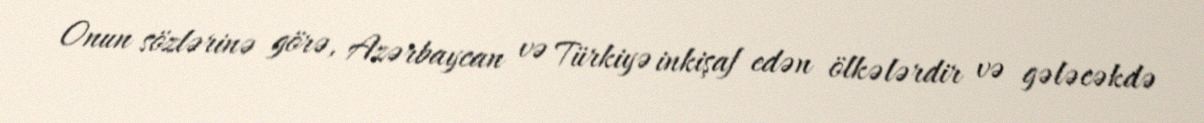
Onun sözlərinə görə, Azərbaycan və Türkiyə inkişaf edən ölkələrdir və gələcəkdə